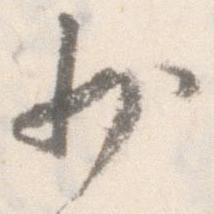
少